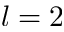
l = 2